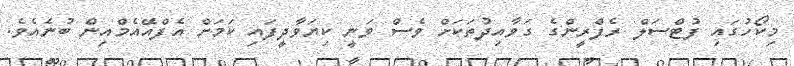
މިކޯހުގައި ފުޓްސަލް ރެފްރީންގެ ގަވާއިދުތަކަށް ވެސް ވަނީ ކިޔަވާދީފައި ކަމަށް އެފްއޭއެމްއިން ބުނެއެވެ.